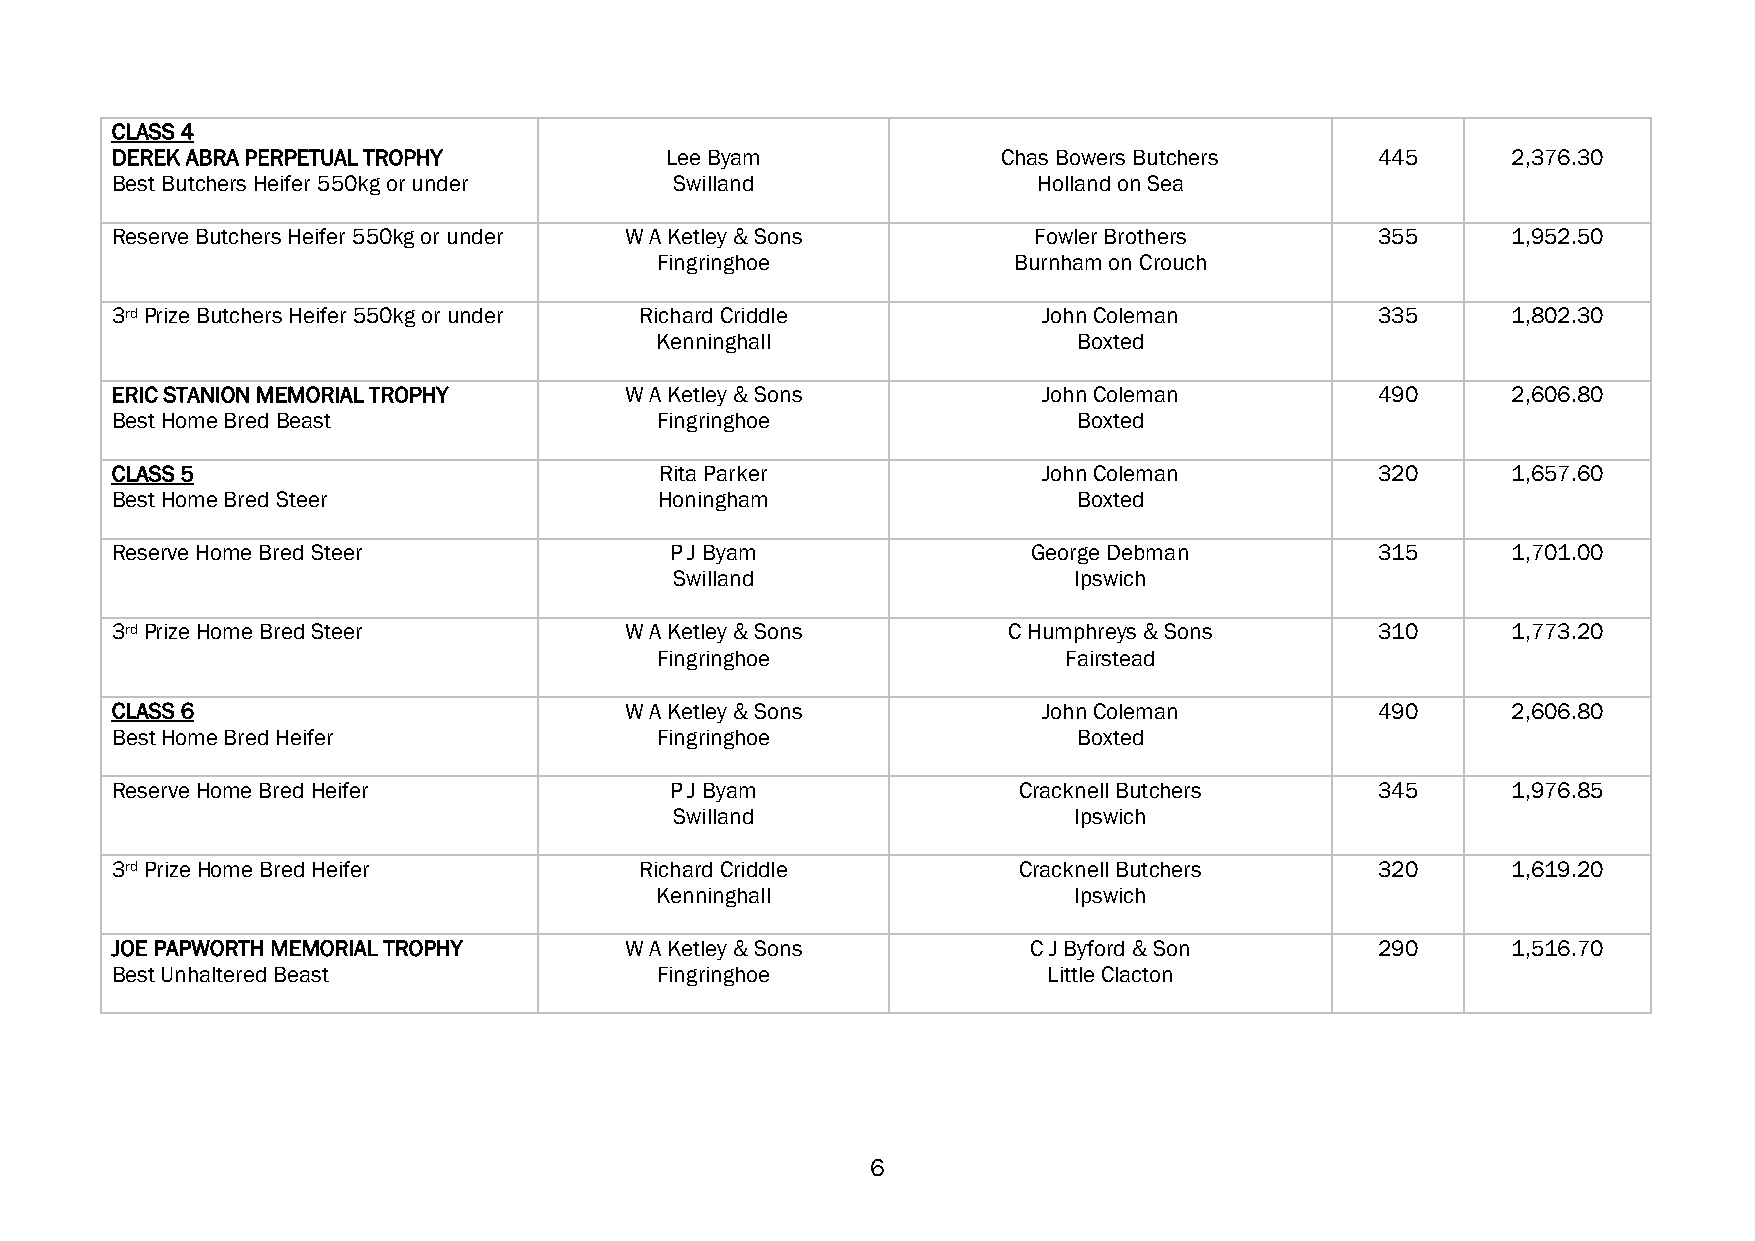
CLASS 4
 DEREK ABRA PERPETUAL TROPHY          Lee Byam              Chas Bowers Butchers     445      2,376.30
 Best Butchers Heifer 550kg or under   Swilland                Holland on Sea
 Reserve Butchers Heifer 550kg or under W A Ketley & Sons     Fowler Brothers        355      1,952.50
 Fingringhoe             Burnham on Crouch
 3rd Prize Butchers Heifer 550kg or under Richard Criddle      John Coleman          335      1,802.30
 Kenninghall                 Boxted
 ERIC STANION MEMORIAL TROPHY      W A Ketley & Sons           John Coleman          490      2,606.80
 Best Home Bred Beast                Fingringhoe                 Boxted
 CLASS 5                              Rita Parker              John Coleman          320      1,657.60
 Best Home Bred Steer                 Honingham                  Boxted
 Reserve Home Bred Steer              P J Byam                George Debman          315      1,701.00
 Swilland                  Ipswich
 3rd Prize Home Bred Steer         W A Ketley & Sons         C Humphreys & Sons      310      1,773.20
 Fingringhoe                Fairstead
 CLASS 6                           W A Ketley & Sons           John Coleman          490      2,606.80
 Best Home Bred Heifer               Fingringhoe                 Boxted
 Reserve Home Bred Heifer             P J Byam               Cracknell Butchers      345      1,976.85
 Swilland                  Ipswich
 3rd Prize Home Bred Heifer         Richard Criddle          Cracknell Butchers      320      1,619.20
 Kenninghall                 Ipswich
 JOE PAPWORTH MEMORIAL TROPHY      W A Ketley & Sons          C J Byford & Son       290      1,516.70
 Best Unhaltered Beast               Fingringhoe               Little Clacton
 6